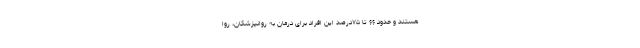
هستند و حدود ۶۶ تا ۷۵درصد این افراد برای درمان به روانپزشکان، روا